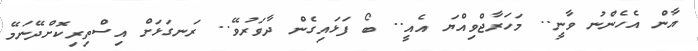
އާން އެހެންނު ވާނީ.. މަހަރާޖްވިއްޔަ އެއީ.. ބޯ ފަޅައިގެން ދާވަރުވޭ.. ރަނގަޅަށް އިސްތިރިކޮށްދޭނަމޭ